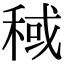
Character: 稢